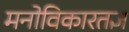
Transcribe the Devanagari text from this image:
मनोविकारतज्ञ